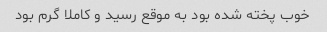
خوب پخته شده بود به موقع رسید و کاملا گرم بود